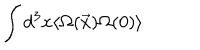
LaTeX: \int d ^ { 3 } x \langle \Omega ( \vec { x } ) \Omega ( 0 ) \rangle